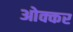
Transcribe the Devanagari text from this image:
ओक्कर